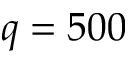
q = 5 0 0